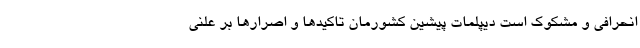
انحرافی و مشکوک است دیپلمات پیشین کشورمان تاکیدها و اصرارها بر علنی